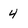
Character: 4